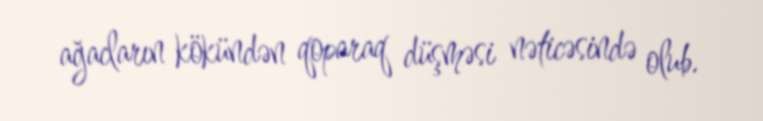
ağacların kökündən qoparaq düşməsi nəticəsində olub.